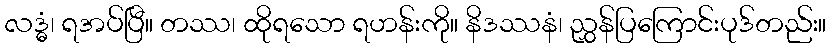
လဒ္ဓံ၊ ရအပ်ပြီ။ တဿ၊ ထိုရသော ရဟန်းကို။ နိဒဿနံ၊ ညွှန်ပြကြောင်းပုဒ်တည်း။